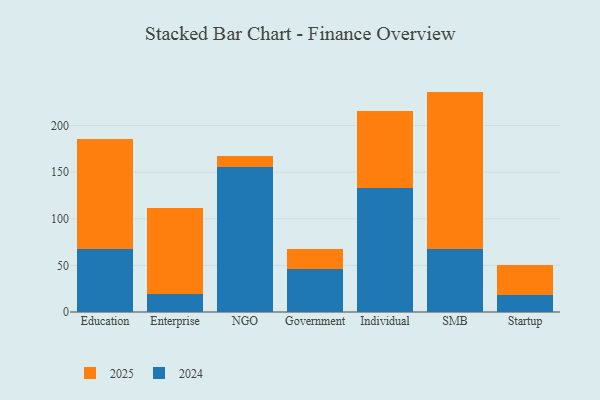
{"axis": {"x": "Segment", "y": "Budget (USD K)"}, "legend": ["2024", "2025"], "data": [{"x": "Education", "y": 118.1, "type": "2025"}, {"x": "Education", "y": 68.0, "type": "2024"}, {"x": "Enterprise", "y": 92.5, "type": "2025"}, {"x": "Enterprise", "y": 19.3, "type": "2024"}, {"x": "NGO", "y": 11.9, "type": "2025"}, {"x": "NGO", "y": 155.2, "type": "2024"}, {"x": "Government", "y": 22.1, "type": "2025"}, {"x": "Government", "y": 45.6, "type": "2024"}, {"x": "Individual", "y": 81.7, "type": "2025"}, {"x": "Individual", "y": 133.4, "type": "2024"}, {"x": "SMB", "y": 169.3, "type": "2025"}, {"x": "SMB", "y": 67.1, "type": "2024"}, {"x": "Startup", "y": 32.2, "type": "2025"}, {"x": "Startup", "y": 17.9, "type": "2024"}]}